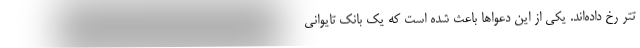
تتر رخ داده‌اند. یکی از این دعواها باعث شده است که یک بانک تایوانی